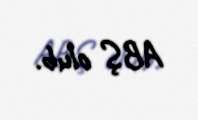
ABŞ olub.